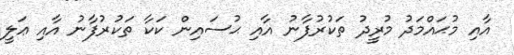
އާއި މުޙައްމަދު މުރީދު ތަކުރުފާނު އާއި ޙުސައިން ކަކާ ތަކުރުފާނު އާއި ޢަލީ